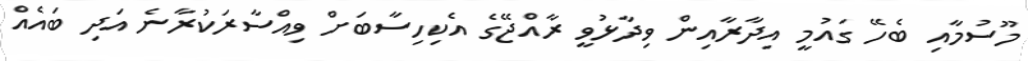
މޫސުމާއި ބެހޭ ގައުމީ އިދާރާއިން ވިދާޅުވީ ރާއްޖޭގެ އެކިހިސާބަށް ވިއްސާރަކުރާނެ އަދި ބައެއް